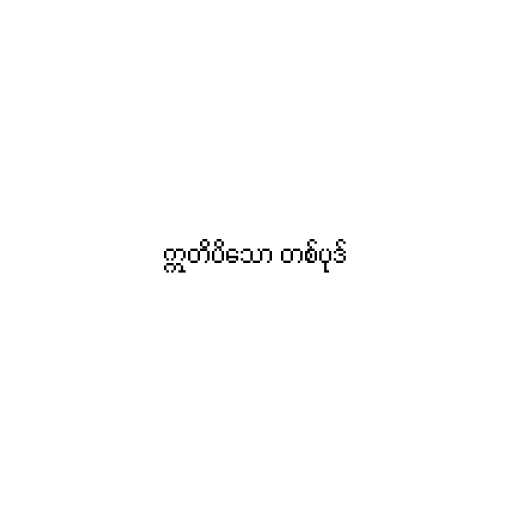
ဣတိပိသော တစ်ပုဒ်